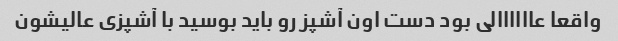
واقعا عاااااالی بود دست اون آشپز رو باید بوسید با آشپزی عالیشون